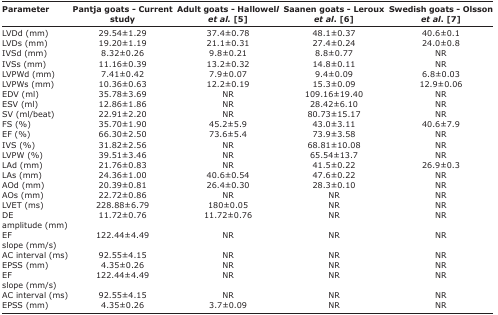
<table><thead><tr><td><b>Parameter</b></td><td><b>Pantja goats - Current study</b></td><td><b>Adult goats - Hallowell <i>et al.</i> [5]</b></td><td><b>Saanen goats - Leroux <i>et al</i>. [6]</b></td><td><b>Swedish goats - Olsson <i>et al</i>. [7]</b></td></tr></thead><tbody><tr><td>LVDd (mm)</td><td>29.54±1.29</td><td>37.4±0.78</td><td>48.1±0.37</td><td>40.6±0.1</td></tr><tr><td>LVDs (mm)</td><td>19.20±1.19</td><td>21.1±0.31</td><td>27.4±0.24</td><td>24.0±0.8</td></tr><tr><td>IVSd (mm)</td><td>8.32±0.26</td><td>9.8±0.21</td><td>8.8±0.77</td><td>NR</td></tr><tr><td>IVSs (mm)</td><td>11.16±0.39</td><td>13.2±0.32</td><td>14.8±0.11</td><td>NR</td></tr><tr><td>LVPWd (mm)</td><td>7.41±0.42</td><td>7.9±0.07</td><td>9.4±0.09</td><td>6.8±0.03</td></tr><tr><td>LVPWs (mm)</td><td>10.36±0.63</td><td>12.2±0.19</td><td>15.3±0.09</td><td>12.9±0.06</td></tr><tr><td>EDV (ml)</td><td>35.78±3.69</td><td>NR</td><td>109.16±19.40</td><td>NR</td></tr><tr><td>ESV (ml)</td><td>12.86±1.86</td><td>NR</td><td>28.42±6.10</td><td>NR</td></tr><tr><td>SV (ml/beat)</td><td>22.91±2.20</td><td>NR</td><td>80.73±15.17</td><td>NR</td></tr><tr><td>FS (%)</td><td>35.70±1.90</td><td>45.2±5.9</td><td>43.0±3.11</td><td>40.6±7.9</td></tr><tr><td>EF (%)</td><td>66.30±2.50</td><td>73.6±5.4</td><td>73.9±3.58</td><td>NR</td></tr><tr><td>IVS (%)</td><td>31.82±2.56</td><td>NR</td><td>68.81±10.08</td><td>NR</td></tr><tr><td>LVPW (%)</td><td>39.51±3.46</td><td>NR</td><td>65.54±13.7</td><td>NR</td></tr><tr><td>LAd (mm)</td><td>21.76±0.83</td><td>NR</td><td>41.5±0.22</td><td>26.9±0.3</td></tr><tr><td>LAs (mm)</td><td>24.36±1.00</td><td>40.6±0.54</td><td>47.6±0.22</td><td>NR</td></tr><tr><td>AOd (mm)</td><td>20.39±0.81</td><td>26.4±0.30</td><td>28.3±0.10</td><td>NR</td></tr><tr><td>AOs (mm)</td><td>22.72±0.86</td><td>NR</td><td>NR</td><td>NR</td></tr><tr><td>LVET (ms)</td><td>228.88±6.79</td><td>180±0.05</td><td>NR</td><td>NR</td></tr><tr><td>DE amplitude (mm)</td><td>11.72±0.76</td><td>11.72±0.76</td><td>NR</td><td>NR</td></tr><tr><td>EF slope (mm/s)</td><td>122.44±4.49</td><td>NR</td><td>NR</td><td>NR</td></tr><tr><td>AC interval (ms)</td><td>92.55±4.15</td><td>NR</td><td>NR</td><td>NR</td></tr><tr><td>EPSS (mm)</td><td>4.35±0.26</td><td>NR</td><td>NR</td><td>NR</td></tr><tr><td>EF slope (mm/s)</td><td>122.44±4.49</td><td>NR</td><td>NR</td><td>NR</td></tr><tr><td>AC interval (ms)</td><td>92.55±4.15</td><td>NR</td><td>NR</td><td>NR</td></tr><tr><td>EPSS (mm)</td><td>4.35±0.26</td><td>3.7±0.09</td><td>NR</td><td>NR</td></tr></tbody></table>